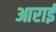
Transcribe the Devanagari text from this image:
आराई